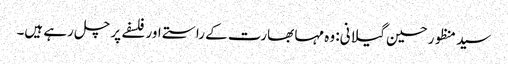
سید منظور حسین گیلانی: وہ مہا بھارت کے راستے اور فلسفے پر چل رہے ہیں۔